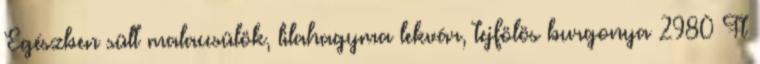
Egészben sült malaccsülök, lilahagyma lekvár, tejfölös burgonya 2980 Ft